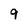
Character: 9